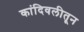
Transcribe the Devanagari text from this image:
कांदिवलीतून